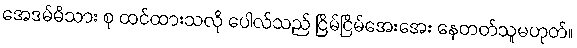
အေဒမ်မိသား စု ထင်ထားသလို ပေါလ်သည် ငြိမ်ငြိမ်အေးအေး နေတတ်သူမဟုတ်။